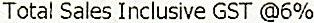
TOTAL SALES INCLUSIVE GST @6%